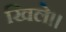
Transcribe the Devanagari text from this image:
खिले॥